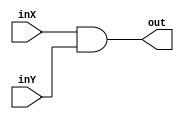
module ex03(inX,inY,out);

    input inX,inY;
    output out;
    wire inX,inY;
    wire out;
    assign out = inX & inY;

endmodule